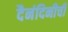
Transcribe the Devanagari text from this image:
दैनंदिनीची